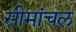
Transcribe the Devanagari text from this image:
सीमांचल